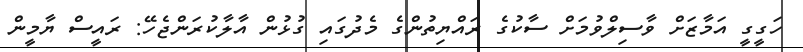
ހަގީގީ އަމާޒަށް ވާސިލްވުމަށް ސާކުގެ ރައްޔިތުންގެ މެދުގައި ގުޅުން އާލާކުރަންޖެހޭ: ރައީސް ޔާމީން